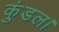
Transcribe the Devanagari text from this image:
कुंडल।